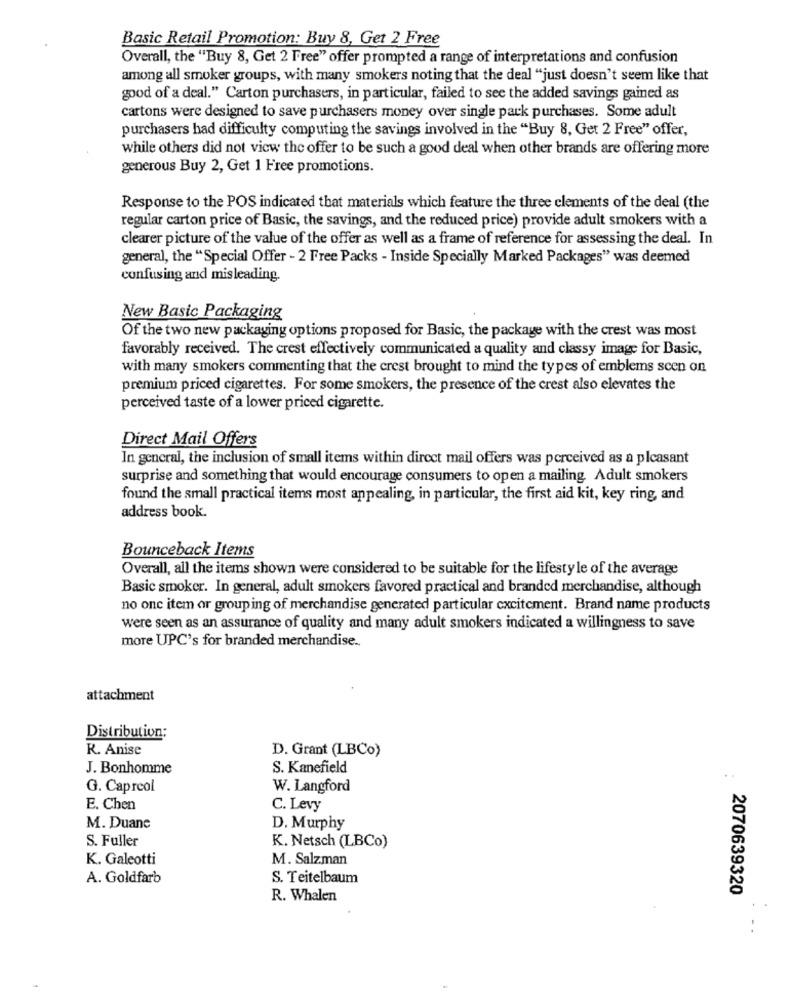
Basic Retail Promotion: Buy 8, Get 2 Free
Overall, the "Buy 8, Get 2 Free" offer prompted a range of interpretations and confusion
among all smoker groups, with many smokers noting that the deal "just doesn't seem like that
good of a deal." Carton purchasers, in particular, failed to see the added savings gained as
cartons were designed to save purchasers money over single pack purchases. Some adult
purchasers had difficulty computing the savings involved in the "Buy 8, Get 2 Free" offer,
while others did not view the offer to be such a good deal when other brands are offering more
generous Buy 2, Get 1 Free promotions.
Response to the POS indicated that materials which feature the three clements of the deal (the
regular carton price of Basic, the savings, and the reduced price) provide adult smokers with a
clearer picture of the value of the offer as well as a frame of reference for assessing the deal. In
general, the "Special Offer - 2 Free Packs - Inside Specially Marked Packages" was deemed
confusing and misleading.
New Basic Packaging
Of the two new packaging options proposed for Basic, the package with the crest was most
favorably received. The crest effectively communicated a quality and classy image for Basic,
with many smokers commenting that the crest brought to mind the types of emblems scen on
premium priced cigarettes. For some smokers, the presence of the crest also elevates the
perceived taste of a lower priced cigarette.
Direct Mail Offers
In general, the inclusion of small items within direct mail offers was perceived as a pleasant
surprise and something that would encourage consumers to open a mailing Adult smokers
found the small practical items most appealing, in particular, the first aid kit, key ring, and
address book.
Bounceback Items
Overall, all the items shown were considered to be suitable for the lifestyle of the average
Basic smoker. In general, adult smokers favored practical and branded merchandise, although
no one item or grouping of merchandise generated particular excitement. Brand name products
were seen as an assurance of quality and many adult smokers indicated a willingness to save
more UPC's for branded merchandise ..
attachment
Distribution;
R. Anise
D. Grant (LBCo)
J. Bonhomme
S. Kanefield
..
G. Capreol
W. Langford
E. Chen
C. Levy
M. Duane
D. Murphy
S. Fuller
K. Netsch (LBCo)
K. Galeotti
M. Salzman
A. Goldfarb
S. Teitelbaum
2070639320
R. Whalen
..